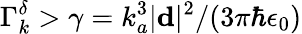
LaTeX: \Gamma_{k}^{\delta}>\gamma=k_{a}^{3}|\mathbf{d}|^{2}/(3\pi\hbar\epsilon_{0})